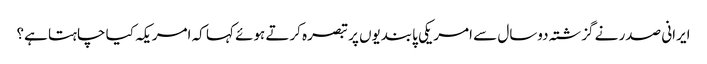
ایرانی صدر نے گزشتہ دوسال سے امریکی پابندیوں پر تبصرہ کرتے ہوئے کہا کہ امریکہ کیا چاہتا ہے؟